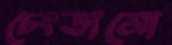
চেংড়ামো